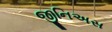
જીનિઅસ